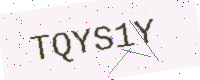
Text: TQYS1Y